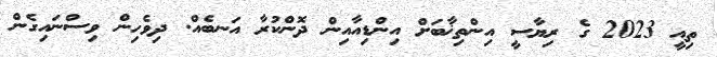
ތިއީ 2023 ގެ ރިޔާސީ އިންތިޚާބަށް އިންޑިއާއިން ދޮންކުރާ އަނބެއް. ދިވެހިން ވިސްނައިގެން